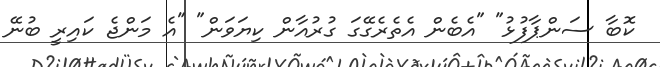
ކޮބާ ސަންޕާފުޅު" "އެބެން އެތެރެގޭގަ ގުރުއާން ކިޔަވަން" "އެ މަންޖެ ކައިރީ ބުނޭ